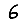
Digit: 6